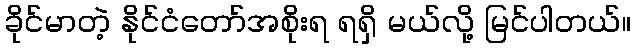
ခိုင်မာတဲ့ နိုင်ငံတော်အစိုးရ ရရှိ မယ်လို့ မြင်ပါတယ်။